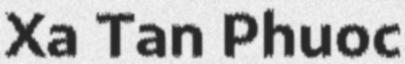
Xa Tan Phuoc